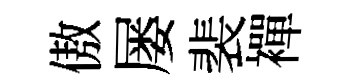
傲屡裴襌